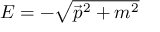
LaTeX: E = - \textstyle { \sqrt { { \vec { p } } ^ { 2 } + m ^ { 2 } } }